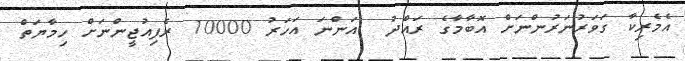
އެމެރިކާ ގަވަރުނަރުންނަށް އޮބާމާގެ ރައްދު  އަންނަ އަހަރު 10000 ރެފިއުޖީންނަށް ހިމާޔަތް